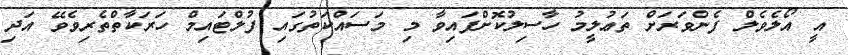
އީ އޯލެވެލް ފެންވަރަށް ތަޢުލީމު ހާސިލުކޮށްފައިވާ މި މަސައްކަތުގައި ފުލްޓައިމް ހަރަކާތްތެރިވެވޭ އަދި